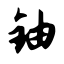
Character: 铀